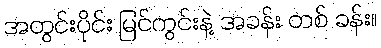
အတွင်းပိုင်း မြင်ကွင်းနဲ့ အခန်း တစ် ခန်း။